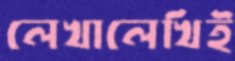
লেখালেখিই